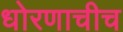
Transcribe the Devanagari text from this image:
धोरणाचीच